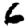
Digit: 6